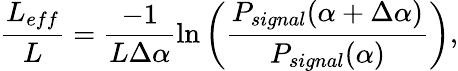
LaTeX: \frac{L_{eff}}{L}=\frac{-1}{{L\Delta\alpha}}\ln{\left(\frac{P_{signal}(\alpha+\Delta\alpha)}{P_{signal}(\alpha)}\right)},